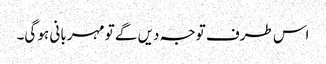
اس طرف توجہ دیں گے تو مہربانی ہو گی۔